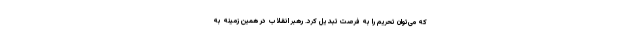
که می‌توان تحریم را به فرصت تبدیل کرد. رهبر انقلاب در همین زمینه به